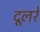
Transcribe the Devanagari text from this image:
दूलरे